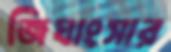
জিঘাংসার